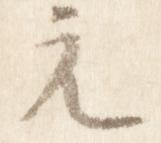
元